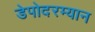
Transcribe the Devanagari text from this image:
डेपोदरम्यान